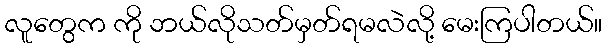
လူတွေက ကို ဘယ်လိုသတ်မှတ်ရမလဲလို့ မေးကြပါတယ်။